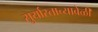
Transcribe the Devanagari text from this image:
सुर्यास्ताच्यावेळी